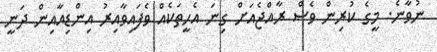
ނުވާނެ. މީގެ ކުރިން ވެސް ރާއްޖެއަށް ގިނަ އެހީތަކެއް ވެފައިވާއިރު އިންޑިއާއިން ދަނީ